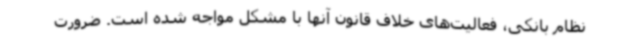
نظام بانکی، فعالیت‌های خلاف قانون آنها با مشکل مواجه شده است. ضرورت